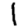
Digit: 1